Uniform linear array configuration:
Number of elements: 24
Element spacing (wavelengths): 0.25
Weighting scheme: uniform
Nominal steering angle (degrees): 30
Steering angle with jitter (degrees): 29.265
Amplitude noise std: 0.05
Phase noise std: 0.05

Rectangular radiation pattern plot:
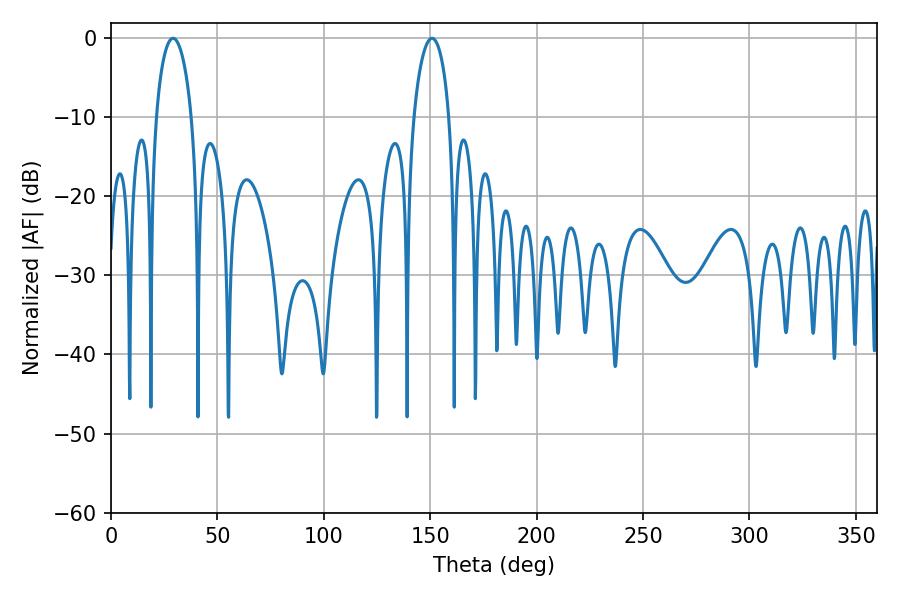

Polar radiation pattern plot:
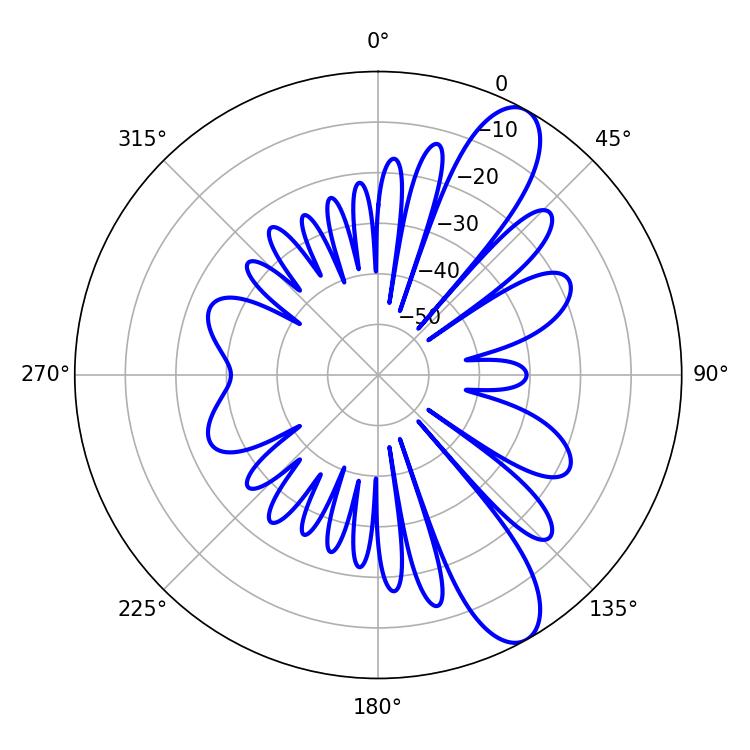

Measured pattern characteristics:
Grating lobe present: FALSE
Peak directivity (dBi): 10.399
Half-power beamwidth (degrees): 9.54
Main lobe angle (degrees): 29.16